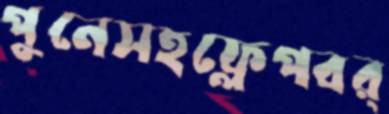
পুনেসহফ্লেপবর্